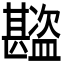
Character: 𬐾